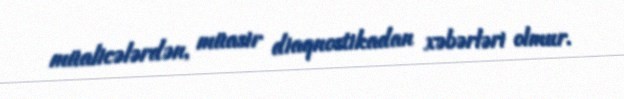
müalicələrdən, müasir diaqnostikadan xəbərləri olmur.